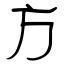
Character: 方